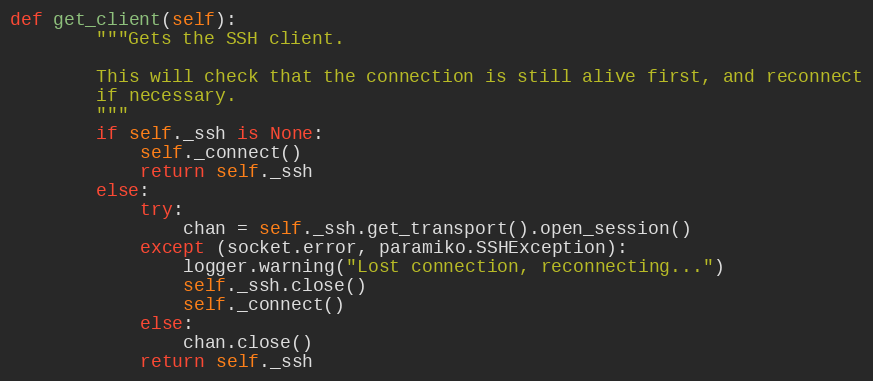
Language: Python
def get_client(self):
        """Gets the SSH client.

        This will check that the connection is still alive first, and reconnect
        if necessary.
        """
        if self._ssh is None:
            self._connect()
            return self._ssh
        else:
            try:
                chan = self._ssh.get_transport().open_session()
            except (socket.error, paramiko.SSHException):
                logger.warning("Lost connection, reconnecting...")
                self._ssh.close()
                self._connect()
            else:
                chan.close()
            return self._ssh